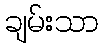
ချမ်းသာ